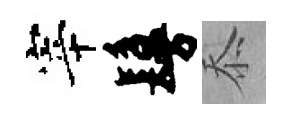
宰鬘忝